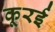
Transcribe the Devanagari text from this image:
कूरई